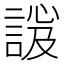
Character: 𧩇